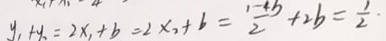
y _ { 1 } + y _ { 2 } = 2 x _ { 1 } + b = 2 x _ { 2 } + b = \frac { 1 - 4 b } { 2 } + 2 b = \frac { 1 } { 2 } \cdot